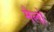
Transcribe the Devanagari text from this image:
मैलों